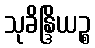
သုခိန္ဒြိယဉ္စ